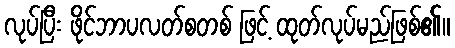
လုပ်ပြီး ဖိုင်ဘာပလတ်စတစ် ဖြင့် ထုတ်လုပ်မည်ဖြစ်၏။